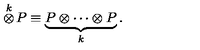
\stackrel { k } { \otimes } \! P \equiv \underbrace { P \otimes \cdots \otimes P } _ { k } .